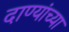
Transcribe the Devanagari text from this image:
दाण्यांच्या